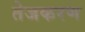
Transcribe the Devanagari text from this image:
तेजकरण